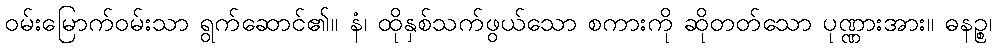
ဝမ်းမြောက်ဝမ်းသာ ရွက်ဆောင်၏။ နံ၊ ထိုနှစ်သက်ဖွယ်သော စကားကို ဆိုတတ်သော ပုဏ္ဏားအား။ ဓနဉ္စ၊